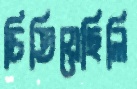
চিতিয়েছিলি